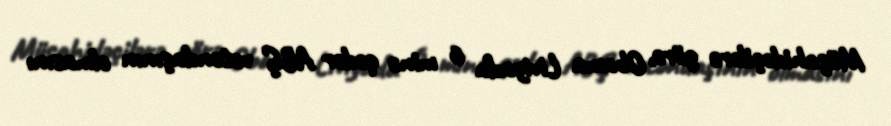
Müşahidəçilərə görə, Obama Liviyada 6 minə qədər ABŞ vətəndaşının olmasını